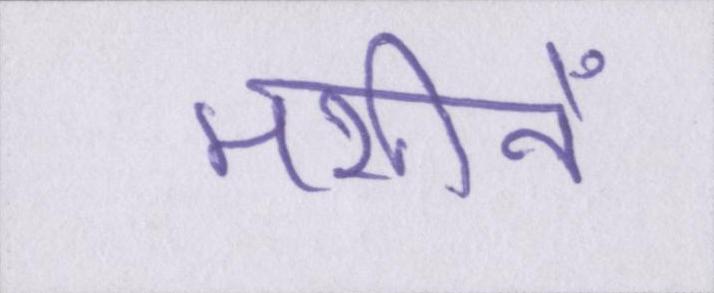
मशीनें